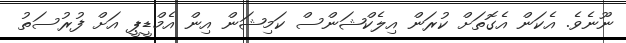
ނޫނެވެ. އެކަން އެގޮތަށް ކުރަން އިލެކްޝަންސް ކަމިޝަން އިން އެމްޑީޕީ އަށް ފުރުސަތު